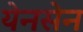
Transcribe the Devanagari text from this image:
येनसेन